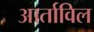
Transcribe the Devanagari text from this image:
आर्ताविल